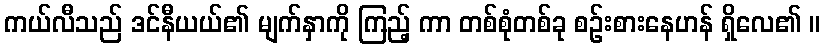
ကယ်လီသည် ဒင်နီယယ်၏ မျက်နှာကို ကြည့် ကာ တစ်စုံတစ်ခု စဉ်းစားနေဟန် ရှိလေ၏ ။